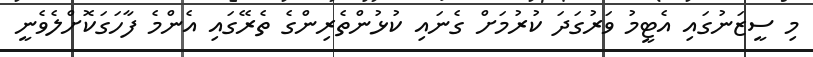
މި ސީޒަނުގައި އެޓީމު ވަރުގަދަ ކުރުމަށް ގެނައި ކުޅުންތެރިންގެ ތެރޭގައި އެންމެ ފާހަގަކޮށްލެވެނީ